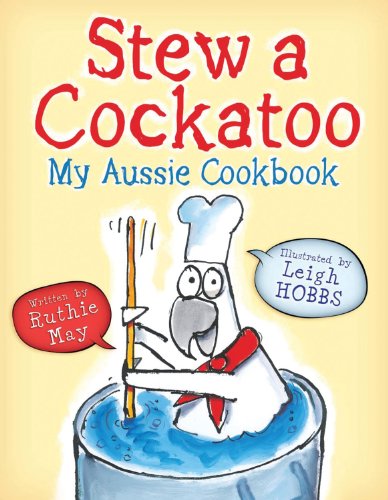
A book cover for Stew a Cockatoo: My Aussie Cookbook; Ruthie May; Children's Books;